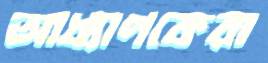
আধ্যাপকেরা